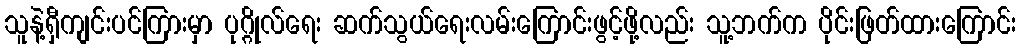
သူနဲ့ရှီကျင်းပင်ကြားမှာ ပုဂ္ဂိုလ်ရေး ဆက်သွယ်ရေးလမ်းကြောင်းဖွင့်ဖို့လည်း သူ့ဘက်က ပိုင်းဖြတ်ထားကြောင်း